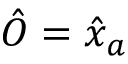
\hat { O } = \hat { x } _ { a }